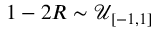
1 - 2 R \sim \mathcal { U } _ { [ - 1 , 1 ] }